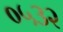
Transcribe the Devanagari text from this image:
०५३२